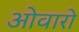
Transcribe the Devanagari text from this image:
ओवारो